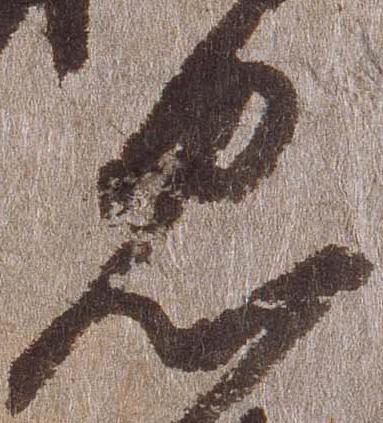
忠